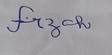
Signature authenticity: forged